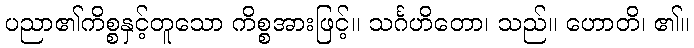
ပညာ၏ကိစ္စနှင့်တူသော ကိစ္စအားဖြင့်။ သင်္ဂဟိတော၊ သည်။ ဟောတိ၊ ၏။